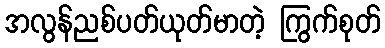
အလွန်ညစ်ပတ်ယုတ်မာတဲ့ ကြွက်စုတ်